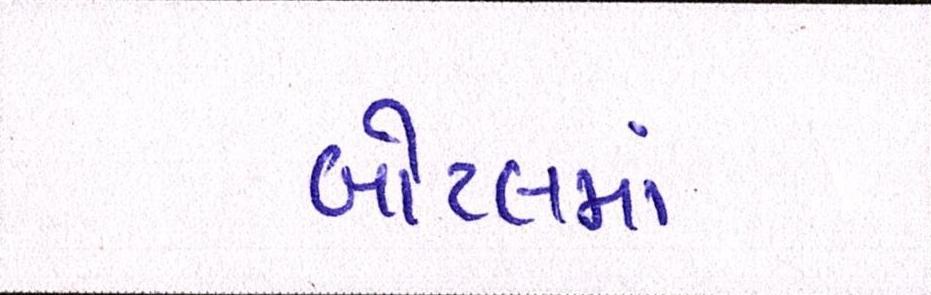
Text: બોટલમાં